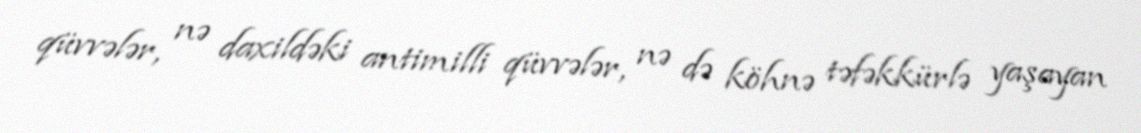
qüvvələr, nə daxildəki antimilli qüvvələr, nə də köhnə təfəkkürlə yaşayan